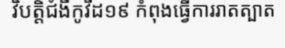
វិបត្តិជំងឺកូវីដ១៩ កំពុងធ្វើការរាតត្បាត